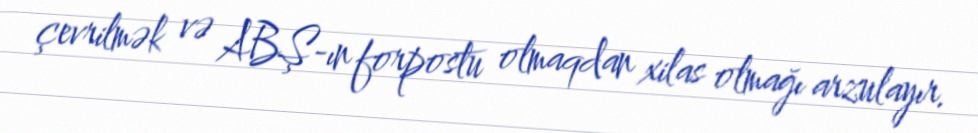
çevrilmək və ABŞ-ın forpostu olmaqdan xilas olmağı arzulayır.